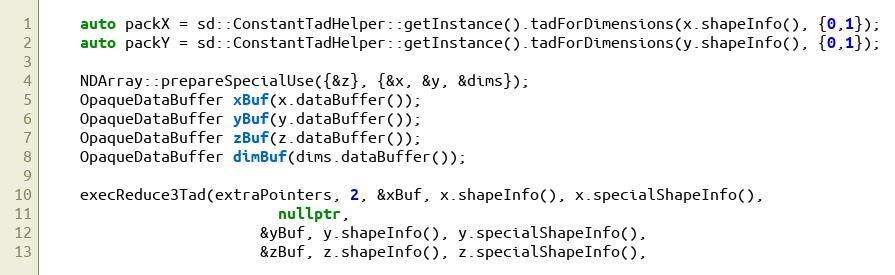
Language: C++
    auto packX = sd::ConstantTadHelper::getInstance().tadForDimensions(x.shapeInfo(), {0,1});
    auto packY = sd::ConstantTadHelper::getInstance().tadForDimensions(y.shapeInfo(), {0,1});

    NDArray::prepareSpecialUse({&z}, {&x, &y, &dims});
    OpaqueDataBuffer xBuf(x.dataBuffer());
    OpaqueDataBuffer yBuf(y.dataBuffer());
    OpaqueDataBuffer zBuf(z.dataBuffer());
    OpaqueDataBuffer dimBuf(dims.dataBuffer());

    execReduce3Tad(extraPointers, 2, &xBuf, x.shapeInfo(), x.specialShapeInfo(),
                          nullptr,
                        &yBuf, y.shapeInfo(), y.specialShapeInfo(),
                        &zBuf, z.shapeInfo(), z.specialShapeInfo(),